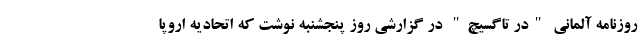
روزنامه آلمانی "در تاگسیچ" در گزارشی روز پنجشنبه نوشت که اتحادیه اروپا